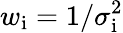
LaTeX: w_{\mathrm{i}}=1/\sigma_{\mathrm{i}}^{2}